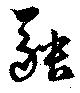
融